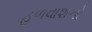
હળવાશનો